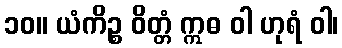
၁၀။ ယံကိဉ္စ ဝိတ္တံ ဣဓ ဝါ ဟုရံ ဝါ၊